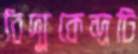
বিদ্যুকেন্দ্রটি